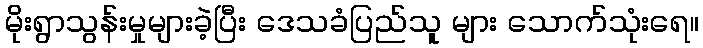
မိုးရွာသွန်းမှုများခဲ့ပြီး ဒေသခံပြည်သူ များ သောက်သုံးရေ။